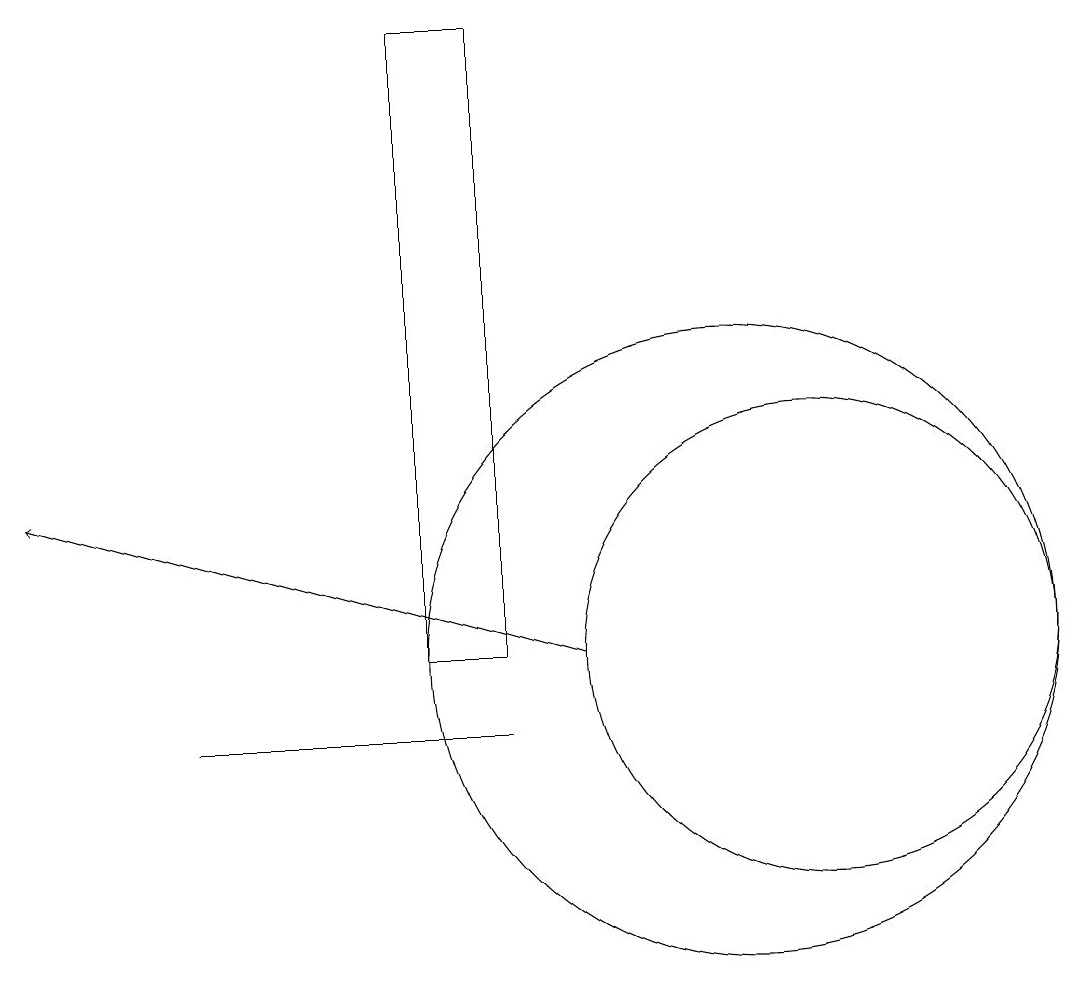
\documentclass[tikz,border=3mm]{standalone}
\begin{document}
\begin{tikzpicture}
\draw (8,10) rectangle (4,10);
\draw (11,11) circle (4);
\draw (8,19) rectangle (7,11);
\draw[->] (9,11) -- (2,13);
\draw (12,11) circle (3);
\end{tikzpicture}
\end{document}